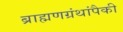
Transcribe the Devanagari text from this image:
ब्राह्मणग्रंथांपैकी